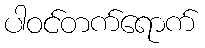
ပါဝင်တက်ရောက်